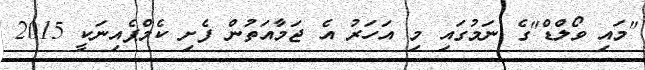
"މައި ވޯލްޑް"ގެ ނަމުގައި މި އަހަރު އެ ޖަމާއަތުން ފެށި ކެމްޕެއިނަކީ 2015